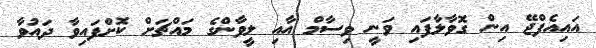
އައިއެފްޖޭ އިން ގޮވާލާފައި ވަނީ ވިސާމް އާއި ލީވާންގެ މައްޗަށް ކޮށްފައިވާ ދައުވާ